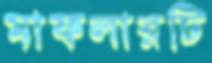
মাফলারটি